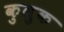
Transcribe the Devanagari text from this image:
कुलुक